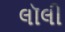
લૉલી